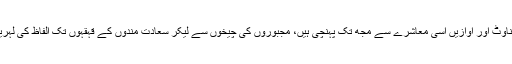
آپ کو شاید بُرا لگے لیکن ان الفاظ کی بناوٹ اور آوازیں اسی معاشرے سے مجھ تک پہنچی ہیں، مجبوروں کی چیخوں سے لیکر سعادت مندوں کے قہقہوں تک الفاظ کی لہریں میرے کانوں سے ٹکراتی رہتی ہیں ۔